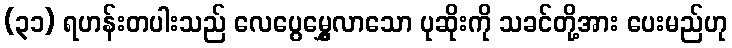
(၃၁) ရဟန်းတပါးသည် လေပွေမွှေ့လာသော ပုဆိုးကို သခင်တို့အား ပေးမည်ဟု